Document type: Dowry acquittance
Year: 1240
Scribe: Pere de Bages
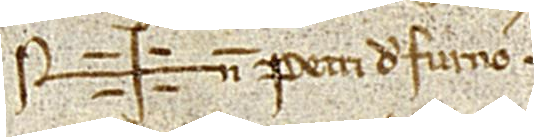
Sig+num Petri de Furno.